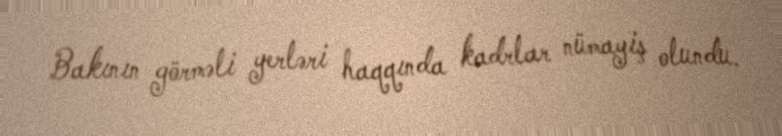
Bakının görməli yerləri haqqında kadrlar nümayiş olundu.